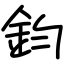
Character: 鈞